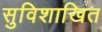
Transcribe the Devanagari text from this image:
सुविशाखित